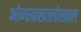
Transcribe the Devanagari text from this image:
ओम्स्कखालोखाल